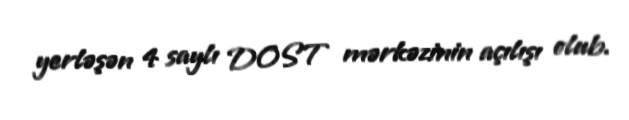
yerləşən 4 saylı DOST mərkəzinin açılışı olub.